Madras plague regulations and rules - Volume 2
Disease focus: Plague
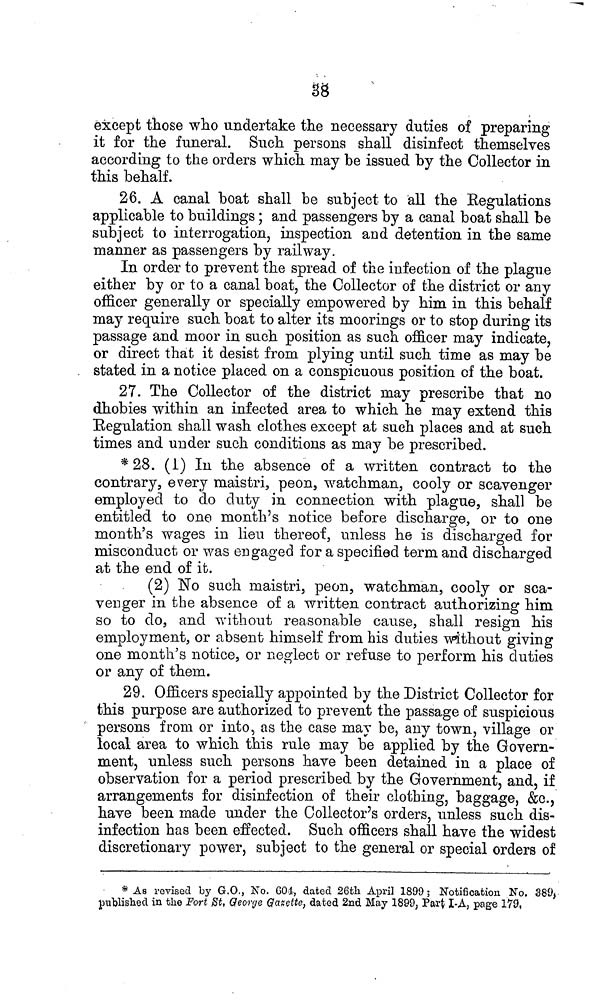
38
except those who undertake the necessary duties of preparing
it for the funeral. Such persons shall disinfect themselves
according to the orders which may be issued by the Collector in
this behalf.
26. A canal boat shall be subject to all the Regulations
applicable to buildings; and passengers by a canal boat shall be
subject to interrogation, inspection and detention in the same
manner as passengers by railway.
In order to prevent the spread of the infection of the plague
either by or to a canal boat, the Collector of the district or any
officer generally or specially empowered by him in this behalf
may require such boat to alter its moorings or to stop during its
passage and moor in such position as such officer may indicate,
or direct that it desist from plying until such time as may be
stated in a notice placed on a conspicuous position of the boat.
27. The Collector of the district may prescribe that no
dhobies within an infected area to which he may extend this
Regulation shall wash clothes except at such places and at such
times and under such conditions as may be prescribed.
* 28. (1) In the absence of a written contract to the
contrary, every maistri, peon, watchman, cooly or scavenger
employed to do duty in connection with plague, shall be
entitled to one month's notice before discharge, or to one
month's wages in lieu thereof, unless he is discharged for
misconduct or was engaged for a specified term and discharged
at the end of it.
(2) No such maistri, peon, watchman, cooly or sca-
venger in the absence of a written contract authorizing him
so to do, and without reasonable cause, shall resign his
employment, or absent himself from his duties without giving
one month's notice, or neglect or refuse to perform his duties
or any of them.
29. Officers specially appointed by the District Collector for
this purpose are authorized to prevent the passage of suspicious
persons from or into, as the case may be, any town, village or
local area to which this rule may be applied by the Govern-
ment, unless such persons have been detained in a place of
observation for a period prescribed by the Government, and, if
arrangements for disinfection of their clothing, baggage, &c.,
have been made under the Collector's orders, unless such dis-
infection has been effected. Such officers shall have the widest
discretionary power, subject to the general or special orders of
* As revised by G.O , No. 604, dated 26th April 1899 ; Notification No. 389,
published in the Fort St. George Gazette, dated 2nd May 1899, Part I-A, page 179,